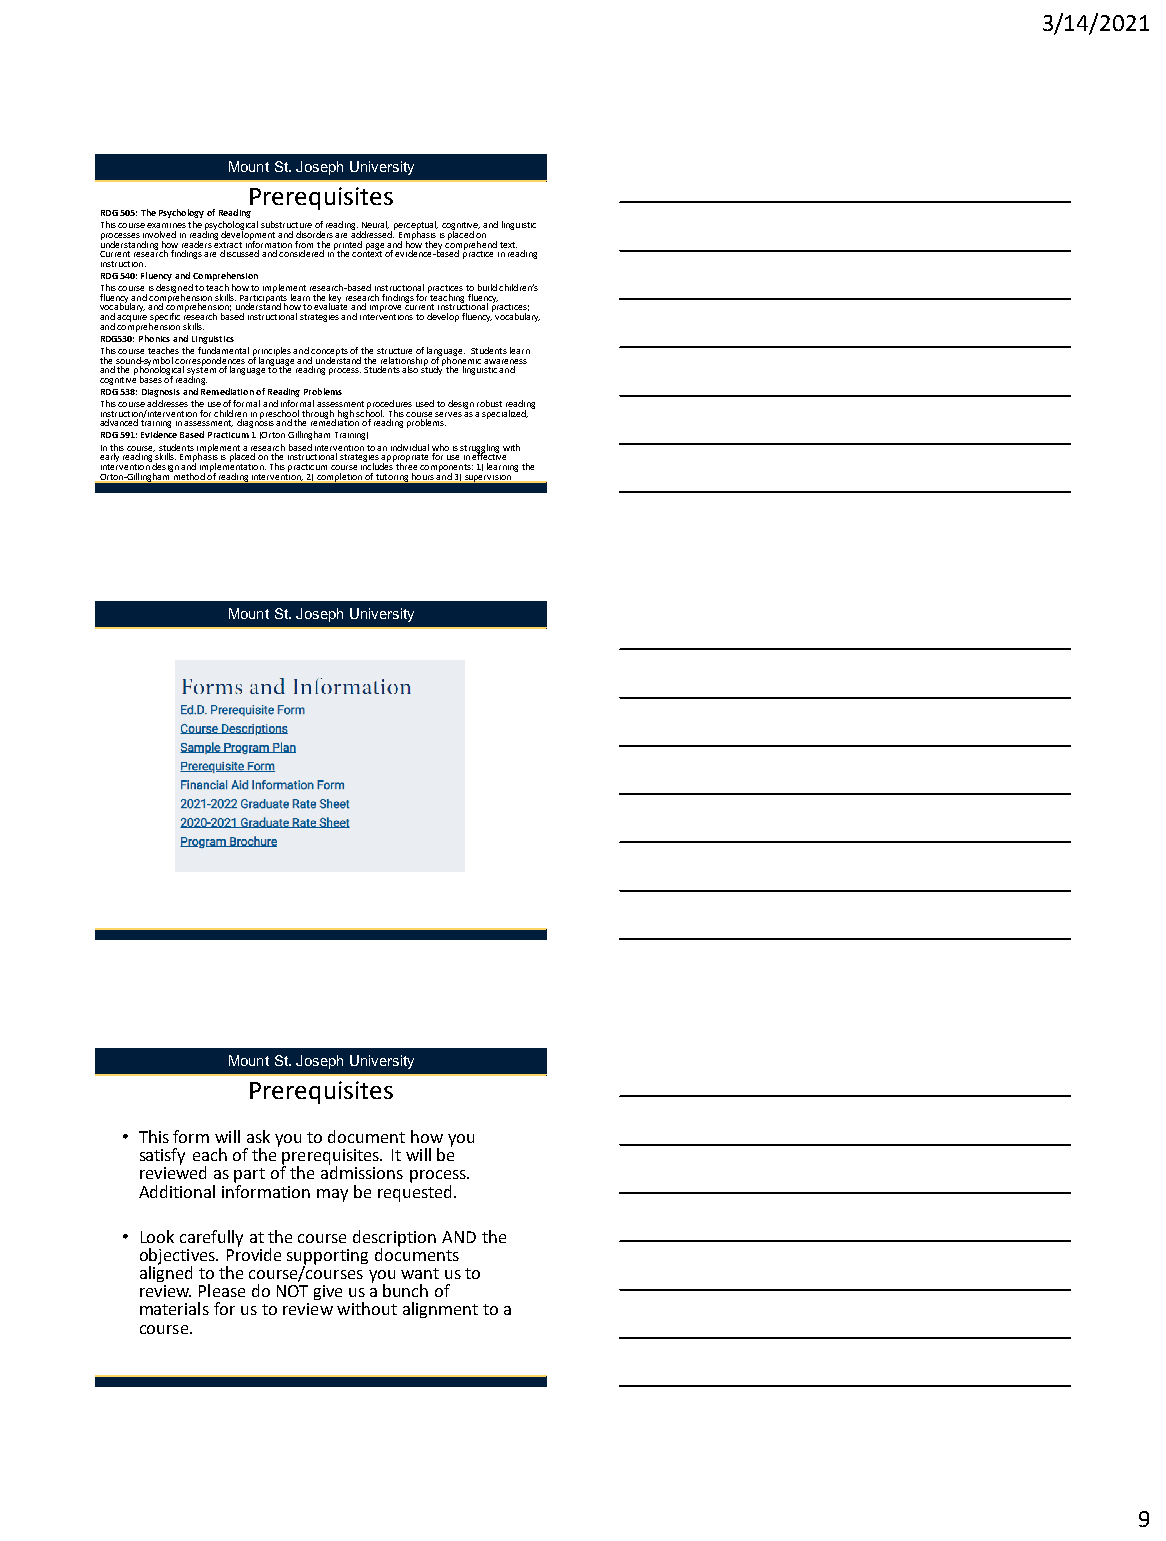
3/14/2021
 Mount St. Joseph University
 Prerequisites
 RDG 505: The Psychology of Reading
 This course examines the psychological substructure of reading. Neural, perceptual, cognitive, and linguistic
 processes involved in reading development and disorders are addressed. Emphasis is placed on
 understanding how readers extract information from the printed page and how they comprehend text.
 Current research findings are discussed and considered in the context of evidence-based practice in reading
 instruction.
 RDG 540: Fluency and Comprehension
 This course is designed to teach how to implement research-based instructional practices to build children’s
 fluency and comprehension skills. Participants learn the key research findings for teaching fluency,
 vocabulary, and comprehension; understand how to evaluate and improve current instructional practices;
 and acquire specific research based instructional strategies and interventions to develop fluency, vocabulary,
 and comprehension skills.
 RDG530: Phonics and Linguistics
 This course teaches the fundamental principles and concepts of the structure of language. Students learn
 the sound-symbol correspondences of language and understand the relationship of phonemic awareness
 and the phonological system of language to the reading process. Students also study the linguistic and
 cognitive bases of reading.
 RDG 538: Diagnosis and Remediation of Reading Problems
 This course addresses the use of formal and informal assessment procedures used to design robust reading
 instruction/intervention for children in preschool through high school. This course serves as a specialized,
 advanced training in assessment, diagnosis and the remediation of reading problems.
 RDG 591: Evidence Based Practicum 1(Orton Gillingham Training)
 In this course, students implement a research based intervention to an individual who is struggling with
 early reading skills. Emphasis is placed on the instructional strategies appropriate for use in effective
 intervention design and implementation. This practicum course includes three components: 1) learning the
 Orton-Gillinghammethod of reading intervention, 2) completion of tutoring hours and 3) supervision
 Mount St. Joseph University
 Mount St. Joseph University
 Prerequisites
 • This form will ask you to document how you
 satisfy each of the prerequisites. It will be
 reviewed as part of the admissions process.
 Additional information may be requested.
 • Look carefully at the course description AND the
 objectives. Provide supporting documents
 aligned to the course/courses you want us to
 review. Please do NOT give us a bunch of
 materials for us to review without alignment to a
 course.
 9